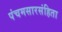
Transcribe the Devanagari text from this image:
पंचमसारसंहिता